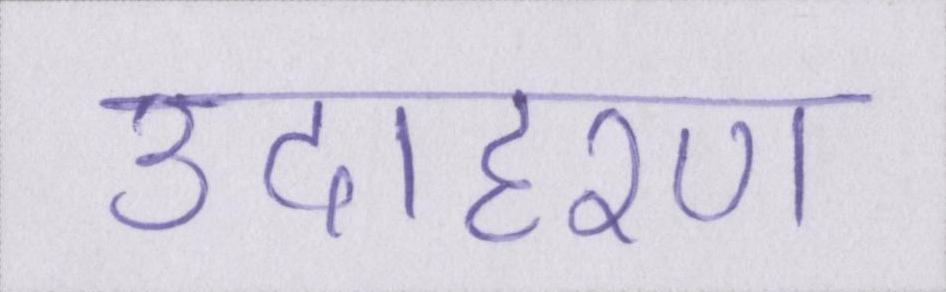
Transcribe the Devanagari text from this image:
उदाहरण